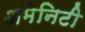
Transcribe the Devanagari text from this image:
अमेनिटी